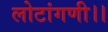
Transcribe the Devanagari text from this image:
लोटांगणी।।